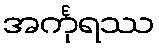
အင်္ကုရဿ